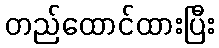
တည်ထောင်ထားပြီး